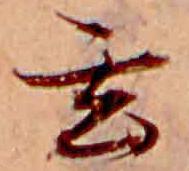
玄